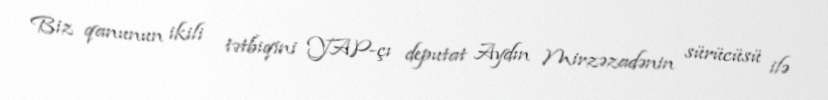
Biz qanunun ikili tətbiqini YAP-çı deputat Aydın Mirzəzadənin sürücüsü ilə